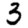
Digit: 3